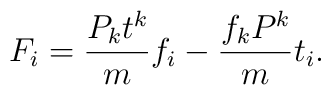
F_{i}={P_{k}t^{k} \over m} f_{i} - {f_{k}P^{k} \over m}t_{i}.